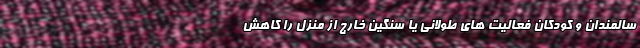
سالمندان و کودکان فعالیت های طولانی یا سنگین خارج از منزل را کاهش